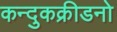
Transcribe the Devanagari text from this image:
कन्दुकक्रीडनो